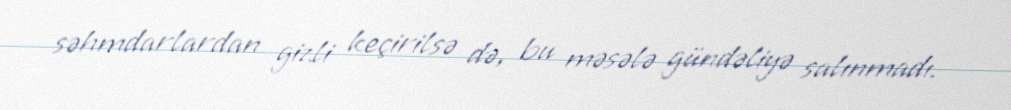
səhmdarlardan gizli keçirilsə də, bu məsələ gündəliyə salınmadı.